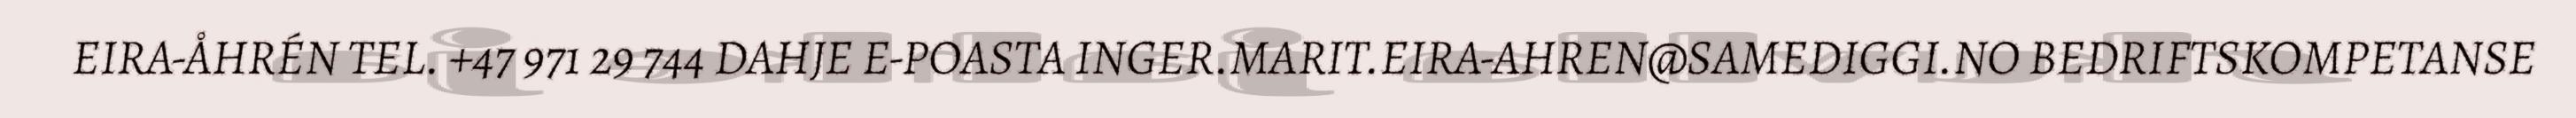
EIRA-ÅHRÉN TEL. +47 971 29 744 DAHJE E-POASTA INGER.MARIT.EIRA-AHREN@SAMEDIGGI.NO BEDRIFTSKOMPETANSE